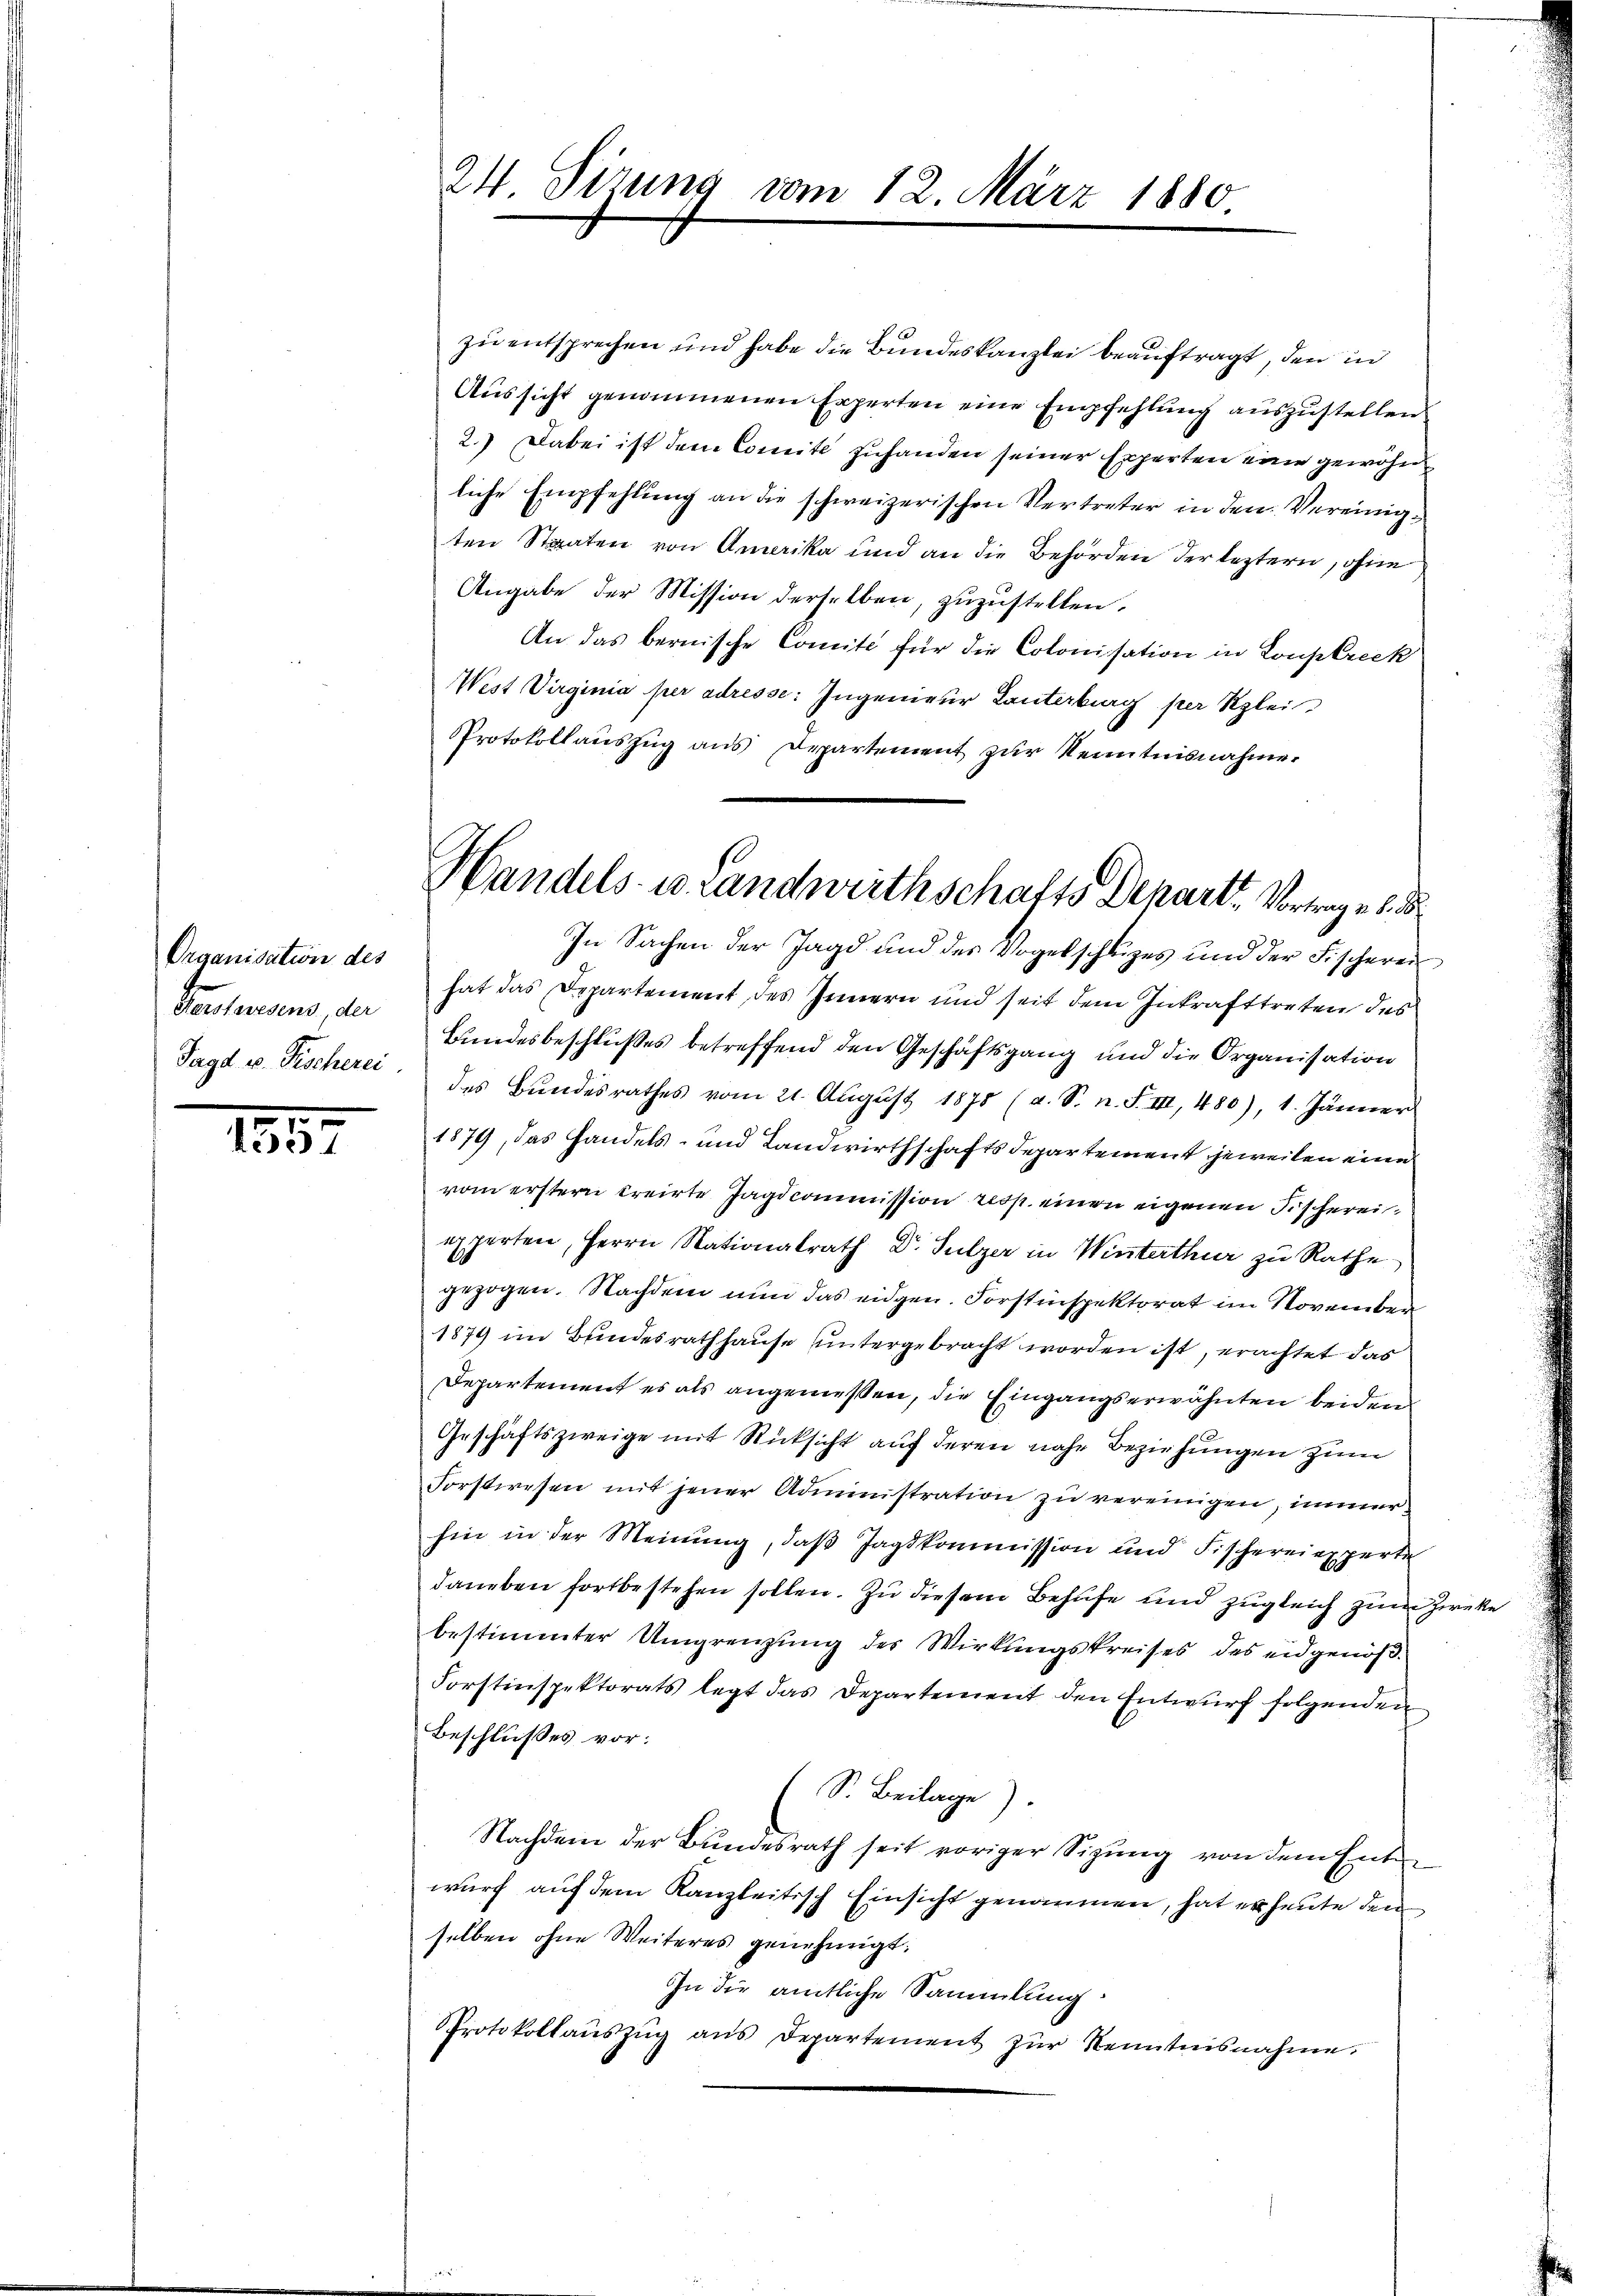
Organisation des
Herstwesens, der
Jagd v. Fischerei

1557

24. Sirung vom 12. März 1880

zu entsprechen und habe die Bundeskanzlei beauftragt, den in
Aussicht genommenen Experten eine Empfehlung auszustellen
2.) Dabei ist dem Comite zuhanden seiner Experten eine gewöhn
liche Empfehlung an die schweizerischen Vertreter in den Vereinigten Staaten von Amerika und an die Behörden der leztern, ohne
Angabe der Mission derselben, zuzustellen.
An das bernische Comité für die Colonisation in Louptreck
West Virginia per adresse: Ingenieur Lanterburg per Klei
Protokollauszug aus Departement zur Kenntnisnahme.

Handels- u. Landwirthschafts Depart. Vortrage u.
In Sachen der Jagd und des Vogelschüzes und der Fischeren

hat das Departement des Innern und seit dem Inkrafttreten des
Bundesbeschlußes betreffend den Geschäftsgang und die Organisation
des Bundesrathes vom 21. August 1878 (a. S. n. F. III, 480), 1. Jänner
1879, das Handels- und Landwirthschaftsdepartement jeweilen eine
vom erstern treirte Jagdcommission resp. einen eigenen Fischereiexperten, Herrn Nationalrath Dr. Sulzer in Winterthur zu Rathe
gezogen. Nachdem nun das eidgen. Forstinspektorat im November
1879 im Bundesrathhause untergebracht worden ist, erachtet das
Departement es als angemessen, die Eingangserwähnten beiden
Geschäftszweige mit Rücksicht auf deren nahe Beziehungen zum
Forstwesen mit jener Administration zu vereinigen, immerhin in der Meinung, daß Tagskommission und Fischereiexperte
daneben fortbestehen sollen. Zu diesem Behufe und zugleich zum Zwecke
bestimmter Umgrenzung des Wirkungskreises des eidgenöß¬
Forstinspektorats legt das Departement den Entwurf folgenden
Beschlußes vor:
(S. Beilage).
Nachdem der Bundesrath seit voriger Sizung von dem Enten
wurf auf dem Kanzleitisch Einsicht genommen, hat er heute den
selben ohne Weiteres genehmigt.
In die amtliche Sammlung.
Protokollaŭszŭg aŭs Departement zŭr Kenntnisnahme.